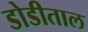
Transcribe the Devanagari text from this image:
डोडीताल